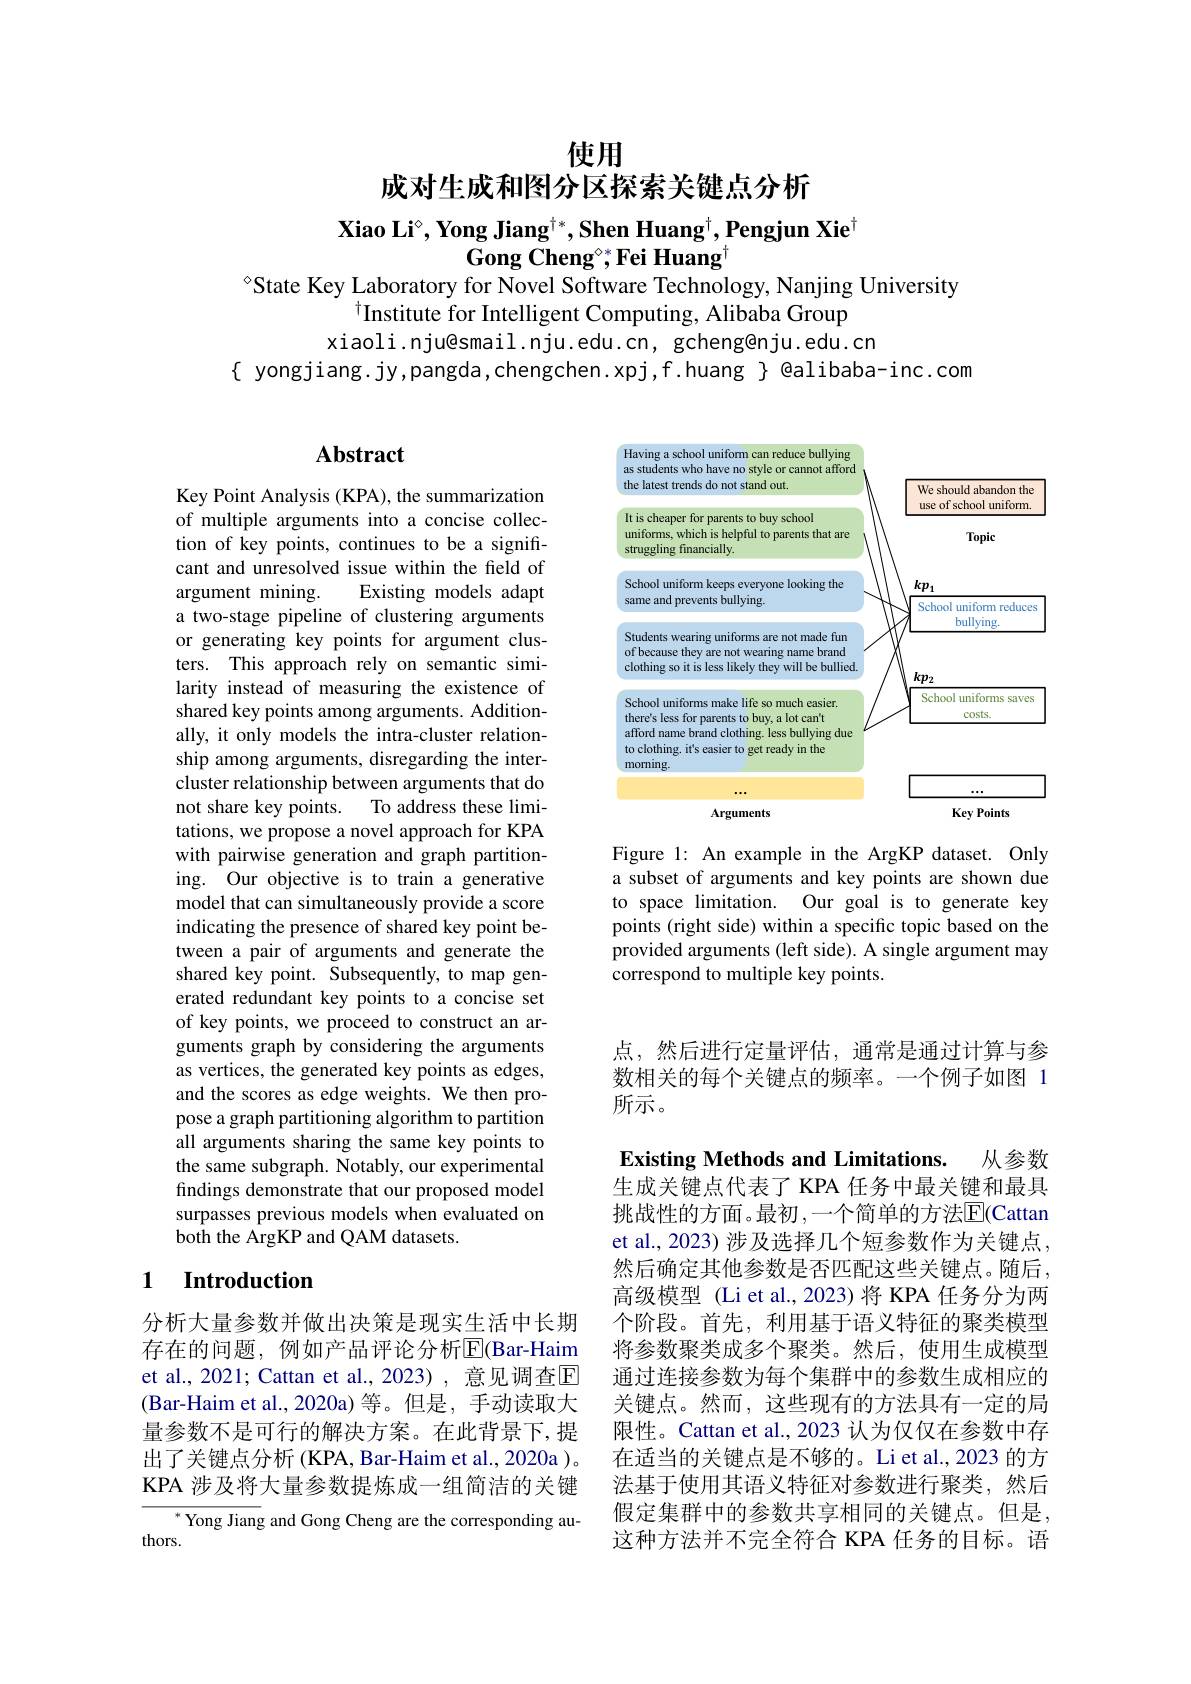
# 使用
成对生成和图分区探索关键点分析

$\textbf{Xiao Li}^{\circ},\textbf{Yong Jiang}^{\dagger*},\textbf{Shen Huang}^{\dagger},\textbf{Pengjun Xie}^{\dagger}$
## $\mathbf{Gong~Cheng}^{\circ*},\mathbf{Fei~Huang}^{\dagger}$
°CState Key Laboratory for Novel Software Technology, Nanjing University

$^{\dagger}$Institute for Intelligent Computing, Alibaba Group
xiaoli.nju@smail.nju.edu.cn, gcheng@nju.edu.cn
$\{$ yongjiang. jy,pangda, chengchen. xpj, f.huang $\}$ @alibaba-inc. com

<FigureHere>

Figure 1: An example in the ArgKP dataset. Only a subset of arguments and key points are shown due to space limitation. Our goal is to generate key points (right side) within a specific topic based on the provided arguments (left side). A single argument may correspond to multiple key points.

## Abstract

Key Point Analysis (KPA), the summarization of multiple arguments into a concise collection of key points, continues to be a significant and unresolved issue within the field of argument mining.
Existing models adapt
a two-stage pipeline of clustering arguments or generating key points for argument clusters. This approach rely on semantic similarity instead of measuring the existence of shared key points among arguments. Additionally, it only models the intra-cluster relationship among arguments, disregarding the intercluster relationship between arguments that do not share key points. To address these limitations, we propose a novel approach for KPA with pairwise generation and graph partitioning. Our objective is to train a generative model that can simultaneously provide a score indicating the presence of shared key point between a pair of arguments and generate the shared key point. Subsequently, to map generated redundant key points to a concise set of key points, we proceed to construct an arguments graph by considering the arguments as vertices, the generated key points as edges, and the scores as edge weights. We then propose a graph partitioning algorithm to partition all arguments sharing the same key points to the same subgraph. Notably, our experimental findings demonstrate that our proposed model surpasses previous models when evaluated on both the ArgKP and QAM datasets.

## 1 $\textbf{Introduction}$

分析大量参数并做出决策是现实生活中长期存在的问题，例如产品评论分析$\overline{\mathrm{E}}$(Bar-Haim et al., 2021; Cattan et al., 2023) , 意见调查$\mathbb{E}$ (Bar-Haim et al.,2020a)等。但是，手动读取大量参数不是可行的解决方案。在此背景下，提出了关键点分析 (KPA, Bar-Haim et al., 2020a )。KPA 涉及将大量参数提炼成一组简洁的关键
$^{*}$ Yong Jiang and Gong Cheng are the corresponding au-
thors.

点，然后进行定量评估，通常是通过计算与参数相关的每个关键点的频率。一个例子如图 1所示。

Existing Methods and Limitations. 从参数

生成关键点代表了 KPA 任务中最关键和最具

挑战性的方面。最初 ,一个简单的方法$\overline{\mathrm{E}}($Cattan et al., 2023) 涉及选择几个短参数作为关键点， 然后确定其他参数是否匹配这些关键点。随后， 高级模型 (Li et al., 2023) 将 KPA 任务分为两个阶段。首先，利用基于语义特征的聚类模型将参数聚类成多个聚类。然后，使用生成模型通过连接参数为每个集群中的参数生成相应的关键点。然而，这些现有的方法具有一定的局限性。Cattan et al., 2023 认为仅仅在参数中存在适当的关键点是不够的。Li et al., 2023 的方法基于使用其语义特征对参数进行聚类，然后假定集群中的参数共享相同的关键点。但是， 这种方法并不完全符合 KPA 任务的目标。语